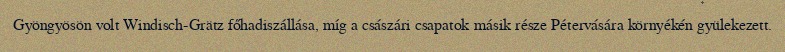
Gyöngyösön volt Windisch-Grätz főhadiszállása, míg a császári csapatok másik része Pétervására környékén gyülekezett.